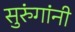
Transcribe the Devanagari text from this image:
सुरुंगांनी